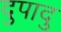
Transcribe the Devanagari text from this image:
दुपादु